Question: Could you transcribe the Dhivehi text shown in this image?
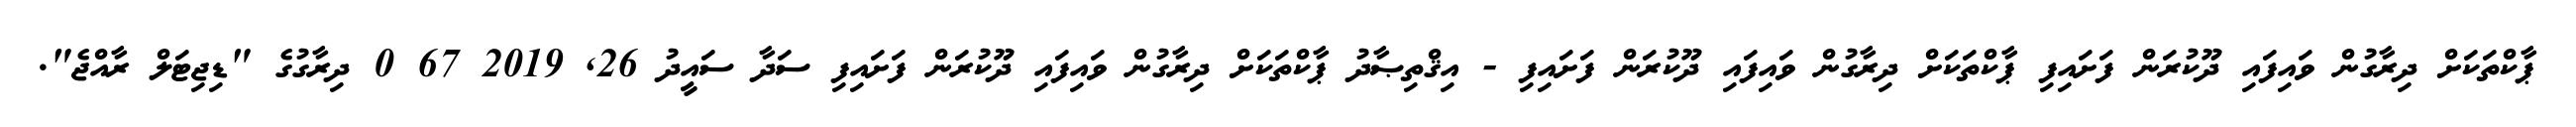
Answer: ޕާކްތަކަށް ދިރާގުން ވައިފައި ދޫކުރަން ފަށައިފި ޕާކްތަކަށް ދިރާގުން ވައިފައި ދޫކުރަން ފަށައިފި - އިޤްތިޞާދު ޕާކްތަކަށް ދިރާގުން ވައިފައި ދޫކުރަން ފަށައިފި ސަދާ ސައީދު 26, 2019 67 0 ދިރާގުގެ "ޑިޖިޓަލް ރާއްޖެ".